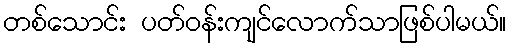
တစ်သောင်း ပတ်ဝန်းကျင်လောက်သာဖြစ်ပါမယ်။